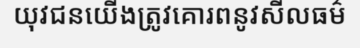
យុវជនយើងត្រូវគោរពនូវសីលធម៌